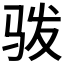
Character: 𩧯